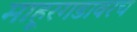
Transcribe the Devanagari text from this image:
माहूरगडावरच